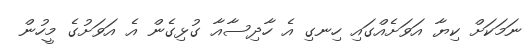
ނަމަކަށް ކިޔާ އަވަށެއްގައި ހިނގި އެ ހާދިސާއާ ގުޅިގެން އެ އަވަށުގެ މީހުން